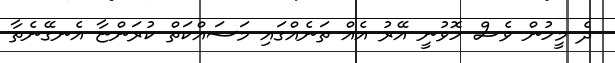
ދެ މީހުން ވެސް ހޮވުނީ އޭރު އެއް ތަނެއްގައި މަސައްކަތް ކުރަންޏާ އެނގޭނެތާ